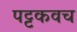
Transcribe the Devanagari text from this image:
पट्टकवच